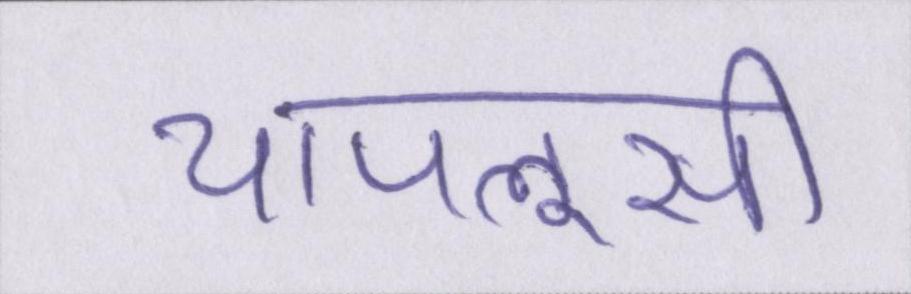
चापलूसी